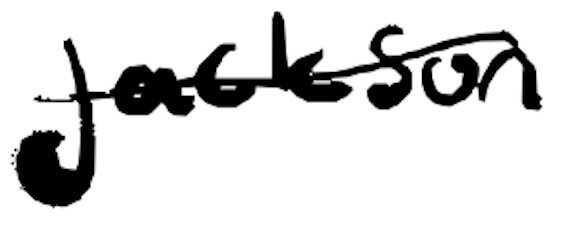
Text: Jackson
Cross-out: single-line
Writing tool: digital_black